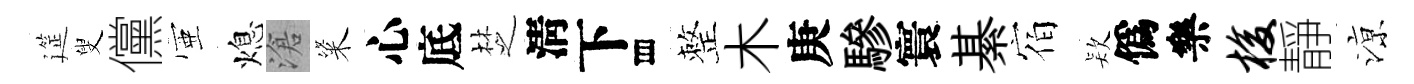
筵叟儻壺熄滄粢心底椘淸下存整木庚驂寰綦宿𣣇僞樂梭靜鿌